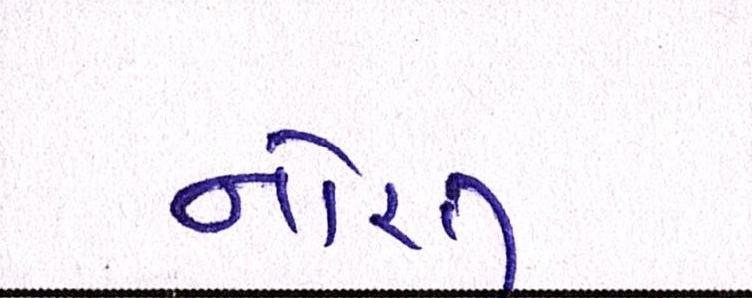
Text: નોરતુ